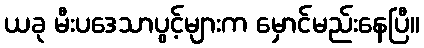
ယခု မီးပဒေသာပွင့်များက မှောင်မည်းနေပြီ။